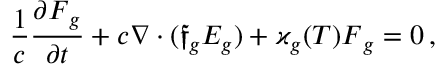
\frac { 1 } { c } \frac { \partial \boldsymbol { F } _ { g } } { \partial t } + c \boldsymbol { \nabla } \cdot ( \boldsymbol { \mathfrak { f } } _ { g } E _ { g } ) + \varkappa _ { g } ( T ) \boldsymbol { F } _ { g } = 0 \, ,